Vaccine operations Central Provinces 1868-1885 - 1868-1885
Year: 1868
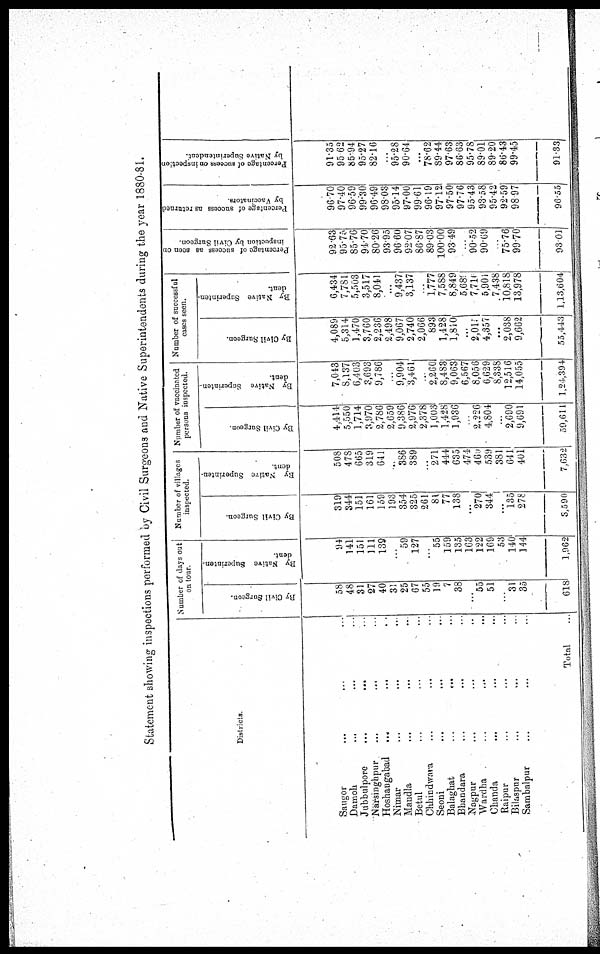
Statement showing inspections performed by Civil Surgeons and Native Superintendents during the year 1880-81.
Districts.
Saugor ... ... ...
Damoh ... ... ...
Jubbulpore
...
...
Narsinghpur ... ...
Hoshangabad
... ...
Nimar ... ...
Mandla ... ...
Betul ... ...
Chhindwara ... ...
Seoni ... ...
Balaghat
...
...
Bhandara
...
...
Nagpur ... ...
Wardha ... ...
Chanda ... ...
Raipur ... ...
Bilaspur ... ...
Sambalpur ... ...
Total
Number of days out
on tour
By Civil Surgeon.
58
48
31
27
40
31
25
67
55
19
7
38
...
55
51
...
31
35
618
By Native Superinten-
dent.
94
141
151
111
139
...
59
127
...
55
159
135
163
122
169
53
140
144
1,962
Number of villages
inspected.
By Civil Surgeon.
319
344
151
161
159
193
354
325
261
81
77
138
...
270
344
...
135
278
3,590
By Native Superinten-
dent.
508
478
665
319
641
...
386
389
...
271
444
635
474
460
539
381
641
401
7,632
Number of vaccinated
persons inspected.
By Civil Surgeon.
4,414
5,550
1,714
3,970
2,786
2,659
9,386
2,976
2,378
1,003
1,428
1,936
...
2,226
4,804
...
2,690
9,691
59,611
By Native Superinten-
dent.
7,043
8,137
6,403
3,693
9,786
...
9,904
3,461
...
2,260
8,483
9,063
6,567
8,056
6,629
8,338
12,516
14,055
1,24,394
Number of successful
cases seen.
By Civil Surgeon.
4,089
5,314
1,470
3,760
2,236
2,498
9,067
2,740
2,066
893
1,428
1,810
...
2,015
4,357
...
2,038
9,662
55,443
By Native Superinten-
dent.
6,434
7,781
5,503
3,517
8,041
...
9,437
3,137
...
1,777
7,588
8,849
5,680
7,710
5,901
7,438
10,818
13,978
1,13,604
Percentage of success as seen on
inspection by Civil Surgeon.
92.63
95.75
85.76
94.70
80.26
93.95
96.60
92.07
86.87
89.03
100.00
93.49
...
90.52
90.69
...
75.76
99.70
93.01
Percentage of success as returned
by Vaccinators.
96.70
97.40
96.59
99.30
96.49
98.03
95.14
97.00
99.61
96.19
97.12
97.50
97.76
95.43
93.58
95.42
92.59
98.97
96.55
Percentage of success on inspection
by Native Superintendent.
91.35
95.62
85.94
95.27
82.16
...
95.28
90.64
...
78.62
89.44
97.63
86.63
95.78
89.01
89.20
86.43
99.45
91.33